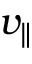
v _ { \parallel }